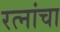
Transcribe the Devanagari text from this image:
रत्नांचा